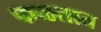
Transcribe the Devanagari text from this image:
फळतात